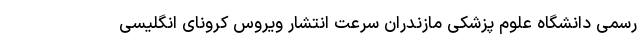
رسمی دانشگاه علوم پزشکی مازندران سرعت انتشار ویروس کرونای انگلیسی